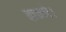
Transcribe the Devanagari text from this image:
कन्ने।